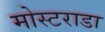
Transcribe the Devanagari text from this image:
मोस्टराडा